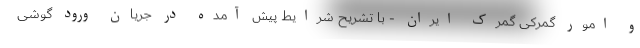
و امور گمرکی گمرک ایران - با تشریح شرایط پیش آمده در جریان ورود گوشی